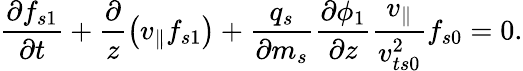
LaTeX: \frac{\partial f_{s1}}{\partial t}+\frac{\partial}{z}\left(v_{\parallel}f_{s1}\right)+\frac{q_{s}}{\partial m_{s}}\frac{\partial\phi_{1}}{\partial z}\frac{v_{\parallel}}{v_{ts0}^{2}}f_{s0}=0.